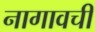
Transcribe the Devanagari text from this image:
नागावची